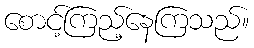
စောင့်ကြည့်နေကြသည်။